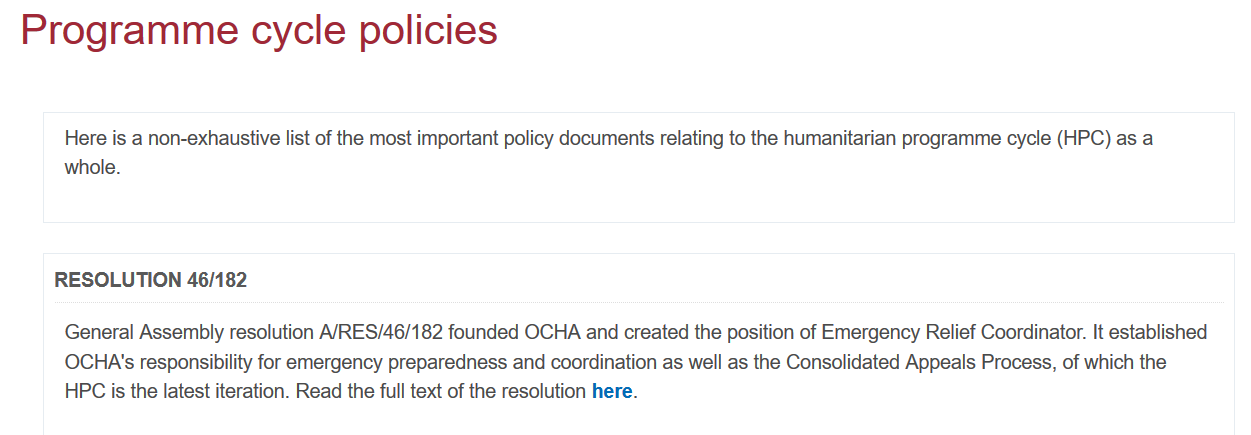
Here is a non-exhaustive list of the most important policy documents relating to the humanitarian programme cycle (HPC) as a
     whole.
     General Assembly resolution A/RES/46/182 founded OCHA and created the position of Emergency Relief Coordinator. It established
     OCHA's responsibility for emergency preparedness and coordination as well as the Consolidated Appeals Process, of which the
     HPC is the latest iteration. Read the full text of the resolution here.
     RESOLUTION 46/182
   Programme    cycle    policies